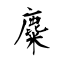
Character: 麋